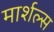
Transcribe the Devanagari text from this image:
मार्शल्स